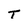
Character: T